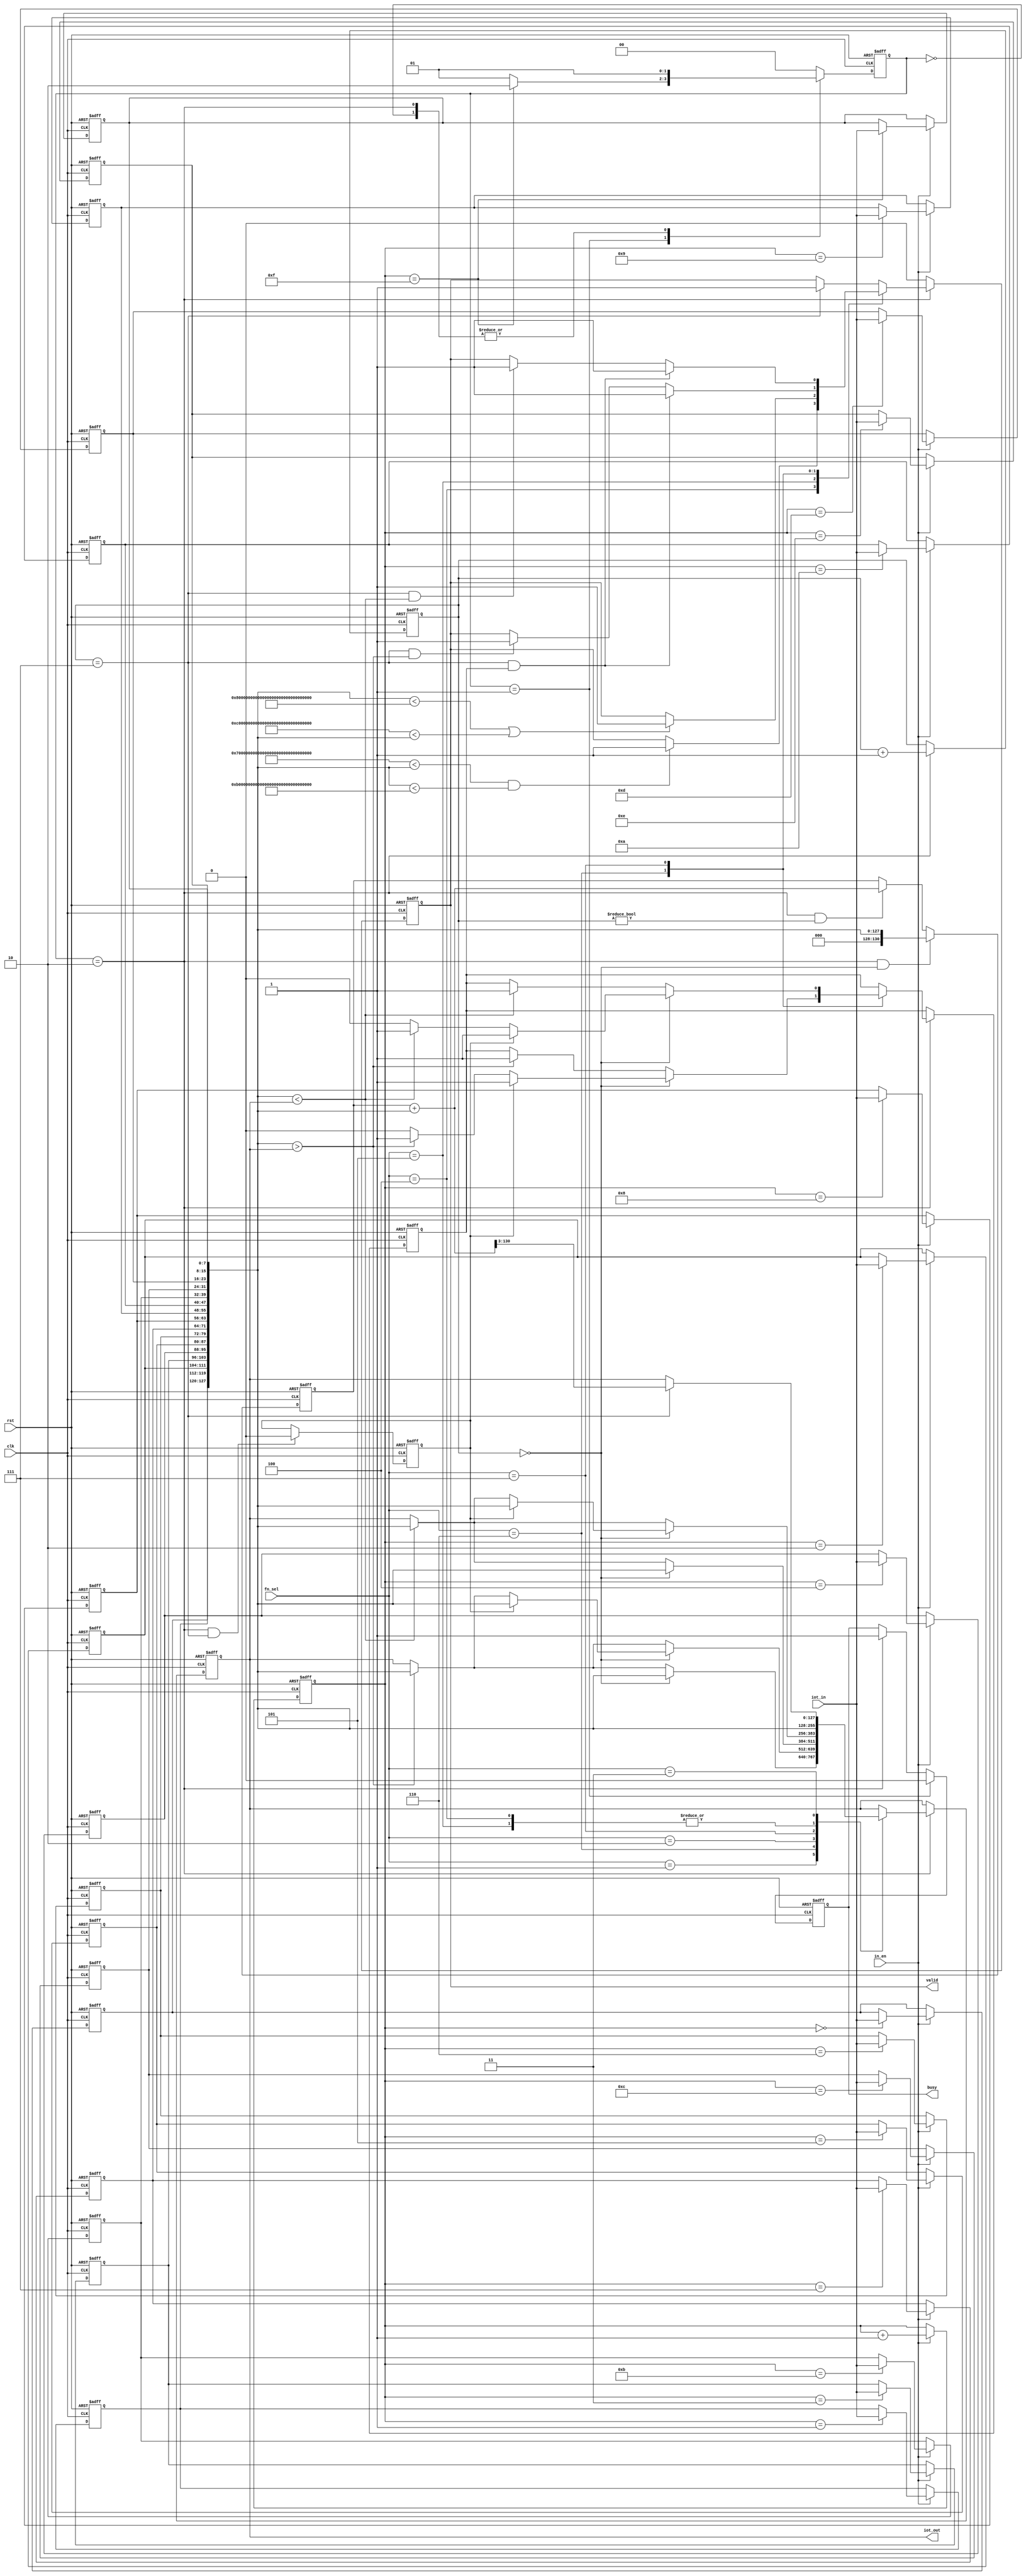
`timescale 1ns/10ps
//############################################################################
//++++++++++++++++++++++++++++++++++++++++++++++++++++++++++++++++++++++++++++
//   2019 IC Contest final
//   univ_cell_based          : IOTDF(IOT Data Filtering)
//++++++++++++++++++++++++++++++++++++++++++++++++++++++++++++++++++++++++++++
//   Module Name : IOTDF
//++++++++++++++++++++++++++++++++++++++++++++++++++++++++++++++++++++++++++++
//############################################################################
module IOTDF( clk, rst, in_en, iot_in, fn_sel, busy, valid, iot_out);
//================================================================
//  input & output declaration
//================================================================
input          clk;
input          rst;
input          in_en;
input  [7:0]   iot_in;
input  [2:0]   fn_sel;
output reg        busy;
output reg        valid;
output reg [127:0] iot_out;

//================================================================
//  integer & parameter & genvar
//================================================================
parameter 	IDLE = 2'd0,
			INPUT = 2'd1,
			OUTPUT = 2'd2;

parameter 	MAX = 3'd1,
			MIN = 3'd2,
			AVG = 3'd3,
			EXTRACT = 3'd4,
			EXCLUDE = 3'd5,
			PEAKMAX = 3'd6,
			PEAKMIN = 3'd7;

parameter 	EXT_LOW = 128'h6FFF_FFFF_FFFF_FFFF_FFFF_FFFF_FFFF_FFFF,
			EXT_HIGH = 128'hAFFF_FFFF_FFFF_FFFF_FFFF_FFFF_FFFF_FFFF,
			EXC_LOW = 128'h7FFF_FFFF_FFFF_FFFF_FFFF_FFFF_FFFF_FFFF,
			EXC_HIGH = 128'hBFFF_FFFF_FFFF_FFFF_FFFF_FFFF_FFFF_FFFF;
			
//================================================================
//  Wire & Registers
//================================================================
reg [3:0] cnt; // Only one
reg [2:0] cnt2; // Round

reg [1:0] cur_state, nx_state;

//================================================================
//  counter
//================================================================
always@( posedge clk or posedge rst )
begin
	if( rst ) cnt <= 4'd0;
	else if( in_en ) cnt <= cnt + 4'd1;
end

always@( posedge clk or posedge rst )
begin
	if( rst ) cnt2 <= 3'd0;
	else if( cur_state == OUTPUT ) cnt2 <= cnt2 + 3'd1;
end

//================================================================
//  iot_out
//================================================================
reg [7:0] input_data[0:15];
wire [127:0] iot_out_tmp;

assign iot_out_tmp = {input_data[0],input_data[1],input_data[2],input_data[3],input_data[4],input_data[5],input_data[6],input_data[7],input_data[8],input_data[9],input_data[10],input_data[11],input_data[12],input_data[13],input_data[14],input_data[15]};

integer idx;

always@( posedge clk or posedge rst )
begin
	if( rst ) 
	begin
		for ( idx=0 ; idx<16 ; idx=idx+1 ) input_data[idx] <= 8'd0;
	end
	else if( in_en ) input_data[cnt] <= iot_in; 
end

//AVG
reg [130:0] sum;
always@( posedge clk or posedge rst )
begin
	if( rst ) sum <= 131'd0;
	else if( cur_state == OUTPUT && cnt2 == 0 ) sum <= iot_out_tmp;
	else if( cur_state == OUTPUT && cnt2 != 0 ) sum <= sum + iot_out_tmp;
end

//PEAKMAXPEAKMIN
reg first_round;
reg change_valid;

always@( posedge clk or posedge rst )
begin
	if( rst ) first_round <= 1'd1;
	else if( cur_state == OUTPUT && cnt2 == 3'd7 ) first_round <= 1'd0;
end

always@( posedge clk or posedge rst )
begin
	if( rst ) 
	begin
		change_valid <= 1'd0;
		iot_out <= 128'd0;
	end
	else if( cur_state == OUTPUT )
	begin
		case( fn_sel )
		MAX: 
		begin
			if( cnt2 == 3'd0 ) iot_out <= iot_out_tmp;
			else if( iot_out_tmp > iot_out ) iot_out <= iot_out_tmp;
		end
		PEAKMAX:
		begin
			if( cnt2 == 3'd0 ) 
			begin
				if( first_round )
				begin
					iot_out <= iot_out_tmp;
					change_valid <= 1'd1;
				end
				else 
				begin
					if( iot_out_tmp > iot_out ) 
					begin
						iot_out <= iot_out_tmp;
						change_valid <= 1'd1;
					end
					else change_valid <= 1'd0;
				end
			end
			else 
			begin
				if( iot_out_tmp > iot_out ) 
				begin
					iot_out <= iot_out_tmp;
					change_valid <= 1'd1;
				end
			end
		end
		MIN:
		begin
			if( cnt2 == 3'd0 ) iot_out <= iot_out_tmp;
			else if( iot_out_tmp < iot_out ) iot_out <= iot_out_tmp;
		end
		PEAKMIN:
		begin
			if( cnt2 == 3'd0 )
			begin
				if( first_round )
				begin
					iot_out <= iot_out_tmp;
					change_valid <= 1'd1;
				end
				else 
				begin
					if( iot_out_tmp < iot_out ) 
					begin
						iot_out <= iot_out_tmp;
						change_valid <= 1'd1;
					end
					else change_valid <= 1'd0;
				end
			end
			else 
			begin
				if( iot_out_tmp < iot_out ) 
				begin
					iot_out <= iot_out_tmp;
					change_valid <= 1'd1;
				end
			end
		end
		EXTRACT, EXCLUDE: iot_out <= iot_out_tmp;
		AVG: 
		begin
			if( cnt2 == 3'd7 ) iot_out <= (sum + iot_out_tmp) >> 3;
		end
		endcase
	end
end

//================================================================
//  busy
//================================================================
always@( posedge clk or posedge rst )
begin
	if( rst ) busy <= 1'd1;
	else if( cur_state == INPUT ) busy <= 1'd0;
	else if( cur_state == OUTPUT ) busy <= 1'd1;
end

//================================================================
//  valid
//================================================================
always@( posedge clk or posedge rst )
begin
	if( rst ) valid <= 1'd0;
	else if( cur_state == OUTPUT )
	begin
		case( fn_sel )
		EXTRACT:
		begin
			if( EXT_LOW < iot_out_tmp && iot_out_tmp < EXT_HIGH ) valid <= 1'd1;
		end
		EXCLUDE:
		begin
			if( iot_out_tmp < EXC_LOW || EXC_HIGH < iot_out_tmp ) valid <= 1'd1;		
		end
		PEAKMAX:
		begin
			if( cnt2 == 3'd7 && change_valid ) valid <= 1'd1;
			else if( cnt2 == 3'd7 && iot_out_tmp > iot_out ) valid <= 1'd1;
		end
		PEAKMIN:
		begin
			if( cnt2 == 3'd7 && change_valid ) valid <= 1'd1;
			else if( cnt2 == 3'd7 && iot_out_tmp < iot_out ) valid <= 1'd1;
		end
		default:
		begin
			if( cnt2 == 3'd7 ) valid <= 1'd1;
		end
		
		endcase
	end
	else valid <= 1'd0;
end

//================================================================
//  FSM
//================================================================
always@( posedge clk or posedge rst )
begin
	if( rst ) cur_state <= IDLE;
	else cur_state <= nx_state;
end

always@( * )
begin
	case( cur_state )
	IDLE : nx_state = INPUT;
	INPUT: nx_state = ( cnt == 4'd15 )? OUTPUT : INPUT;
	OUTPUT: nx_state = INPUT;
	default: nx_state = IDLE;
	endcase
end

endmodule